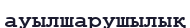
ауылшарушылық